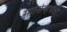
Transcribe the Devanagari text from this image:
मासिव्हपेक्षा